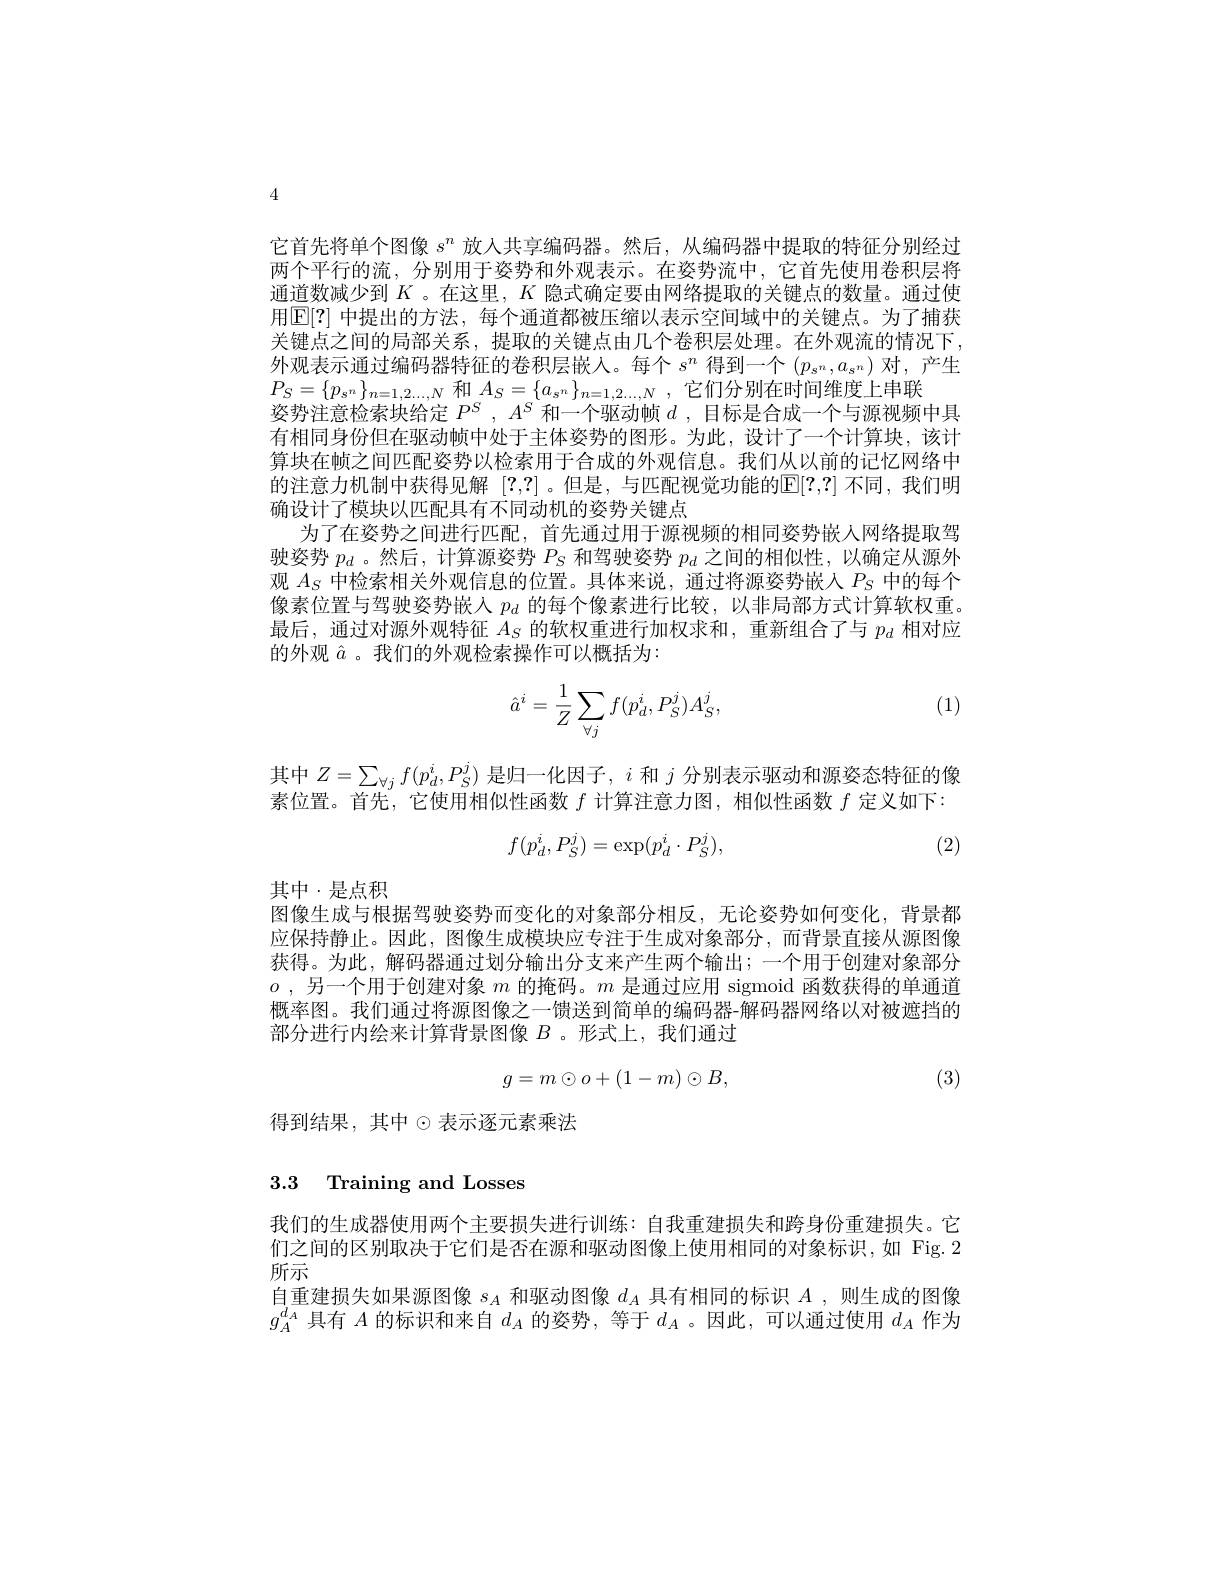
4

它首先将单个图像$s^n$放人共享编码器。然后，从编码器中提取的特征分别经过两个平行的流，分别用于姿势和外观表示。在姿势流中，它首先使用卷积层将通道数减少到$K$ 。在这里，$K$隐式确定要由网络提取的关键点的数量。通过使用E[?] 中提出的方法，每个通道都被压缩以表示空间域中的关键点。为了捕获关键点之间的局部关系，提取的关键点由几个卷积层处理。在外观流的情况下， 外观表示通过编码器特征的卷积层嵌入。每个$s^n$得到一个$(p_{s^n},a_{s^n})$对，产生$P_S=\{p_{s^n}\}_{n=1,2...,N}$和$A_S=\{a_{s^n}\}_{n=1,2...,N}$,它们分别在时间维度上串联
姿势注意检索块给定$P^S,A^S$和一个驱动帧$d$ ,目标是合成一个与源视频中具有相同身份但在驱动帧中处于主体姿势的图形。为此，设计了一个计算块，该计算块在帧之间匹配姿势以检索用于合成的外观信息。我们从以前的记忆网络中的注意力机制中获得见解[?,?] 。但是，与匹配视觉功能的E[?,?]不同，我们明确设计了模块以匹配具有不同动机的姿势关键点
为了在姿势之间进行匹配，首先通过用于源视频的相同姿势嵌人网络提取驾驶姿势$p_d$ 。然后，计算源姿势$P_S$和驾驶姿势$p_d$之间的相似性，以确定从源外观$A_S$中检索相关外观信息的位置。具体来说，通过将源姿势嵌人$P_S$中的每个像素位置与驾驶姿势嵌人$p_d$的每个像素进行比较，以非局部方式计算软权重。最后，通过对源外观特征$A_S$的软权重进行加权求和，重新组合了与$p_d$相对应的外观$\hat{a}$ 。我们的外观检索操作可以概括为：

(1)
$$\hat{a}^i=\frac{1}{Z}\sum\limits_{\forall j}f(p_d^i,P_S^j)A_S^j,$$
其中$Z=\sum_{\forall j}f(p_{d}^{i},P_{S}^{j})$是归一化因子，$i$和$j$分别表示驱动和源姿态特征的像素位置。首先，它使用相似性函数$f$计算注意力图，相似性函数$f$定义如下：
$$f(p_d^i,P_S^j)=\exp(p_d^i\cdot P_S^j),$$
(2)

其中·是点积

图像生成与根据驾驶姿势而变化的对象部分相反，无论姿势如何变化，背景都应保持静止。因此，图像生成模块应专注于生成对象部分，而背景直接从源图像获得。为此，解码器通过划分输出分支来产生两个输出；一个用于创建对象部分$o$ ,另一个用于创建对象$m$的掩码。$m$是通过应用 sigmoid 函数获得的单通道概率图。我们通过将源图像之一馈送到简单的编码器-解码器网络以对被遮挡的部分进行内绘来计算背景图像$B$ 。形式上，我们通过
$$g=m\odot o+(1-m)\odot B,$$
(3)

得到结果，其中$\odot$表示逐元素乘法

# 3.3 Training and Losses

我们的生成器使用两个主要损失进行训练：自我重建损失和跨身份重建损失。它们之间的区别取决于它们是否在源和驱动图像上使用相同的对象标识，如 Fig.2所示
自重建损失如果源图像$s_A$和驱动图像$d_A$具有相同的标识$A$ ,则生成的图像$g_{A}^{d_{A}}$具有$A$的标识和来自$d_A$的姿势，等于$d_A$ 。因此，可以通过使用$d_A$作为